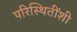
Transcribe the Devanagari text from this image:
परिस्थितींशी